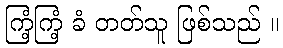
ကြံ့ကြံ့ ခံ တတ်သူ ဖြစ်သည် ။